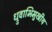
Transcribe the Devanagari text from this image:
ध्रुवाभिमुखीय